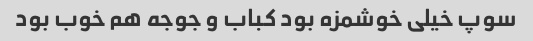
سوپ خیلی خوشمزه بود کباب و جوجه هم خوب بود